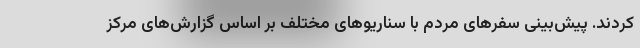
کردند. پیش‌بینی سفرهای مردم با سناریوهای مختلف بر اساس گزارش‌های مرکز